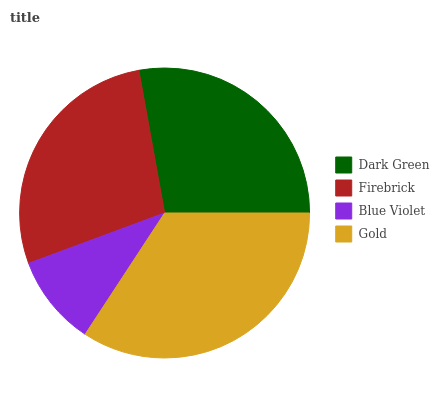
| Dark Green | Firebrick | Blue Violet | Gold |
 | --- | --- | --- | --- |
 | 27.8% | 27.8% | 10.1% | 34.2% |